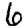
Digit: 6